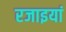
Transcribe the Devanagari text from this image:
रजाइयां